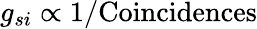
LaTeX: g_{si}\propto 1/\mathrm{Coincidences}